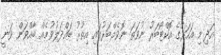
އަދި މި އަހަރުގެ އޮކްޓޯބަރު ނުވަތަ ނޮވެމްބަރުގައި އިތުރު ބައްދަލުވުމެއް ބާއްވަން ވަނީ